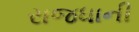
રાજધાની